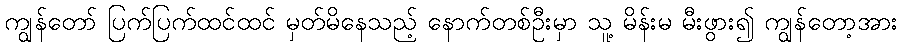
ကျွန်တော် ပြက်ပြက်ထင်ထင် မှတ်မိနေသည့် နောက်တစ်ဦးမှာ သူ့ မိန်းမ မီးဖွား၍ ကျွန်တော့အား